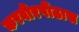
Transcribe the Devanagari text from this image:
करवीरपीठास